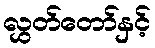
လွှတ်တော်နှင့်